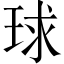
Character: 球